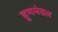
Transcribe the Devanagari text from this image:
हूणमंडल